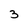
Character: 3